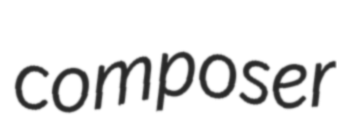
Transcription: composer